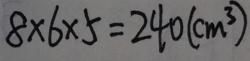
8 \times 6 \times 5 = 2 4 0 ( c m ^ { 3 } )